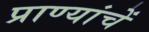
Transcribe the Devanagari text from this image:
प्राण्यांचें